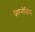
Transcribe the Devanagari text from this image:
खारनोखिया